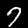
Digit: 7